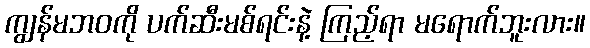
ကျွန်မဘဝကို ပက်ဆီးမစ်ရင်းနဲ့ ကြည့်ရာ မရောက်ဘူးလား။